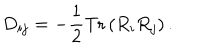
LaTeX: D _ { i j } = - \frac { 1 } { 2 } \mathrm { T r } \left( R _ { i } R _ { j } \right) .